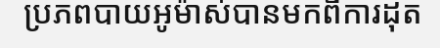
ប្រភពបាយអូម៉ាស់បានមកពីការដុត